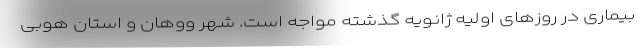
بیماری در روزهای اولیه ژانویه گذشته مواجه است. شهر ووهان و استان هوبی